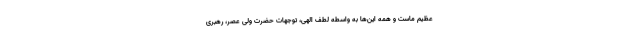
عظیم ماست و همه این‌ها به واسطه لطف الهی، توجهات حضرت ولی عصر، رهبری